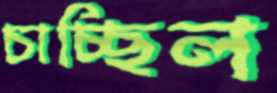
চাচ্ছিল